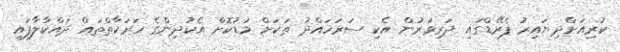
ކުރިއަށްދިޔައިރު ޕެރޭޑްގައި ދަރިވަރުން އެކި ސަރަހައްދު ތަކަށް މަޑުކޮށް އެކުދިންގެ ހަރަކާތްތައް ދައްކާލާފައި